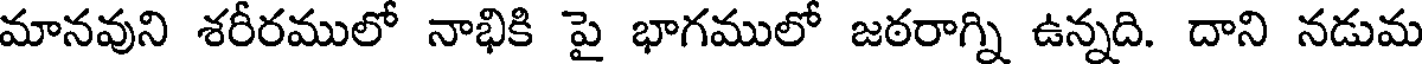
మానవుని శరీరములో నాభికి పై భాగములో జఠరాగ్ని ఉన్నది. దాని నడుమ